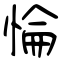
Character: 惀